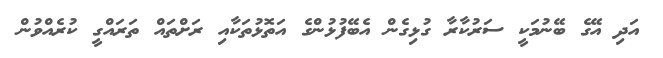
އަދި އޭގެ ބޭނުމަކީ ސަރުކާރާ ގުޅިގެން އެބޭފުޅުންގެ އަތޮޅުތަކާއި ރަށްތައް ތަރައްގީ ކުރެއްވުން